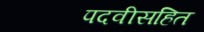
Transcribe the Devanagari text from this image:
पदवीसहित